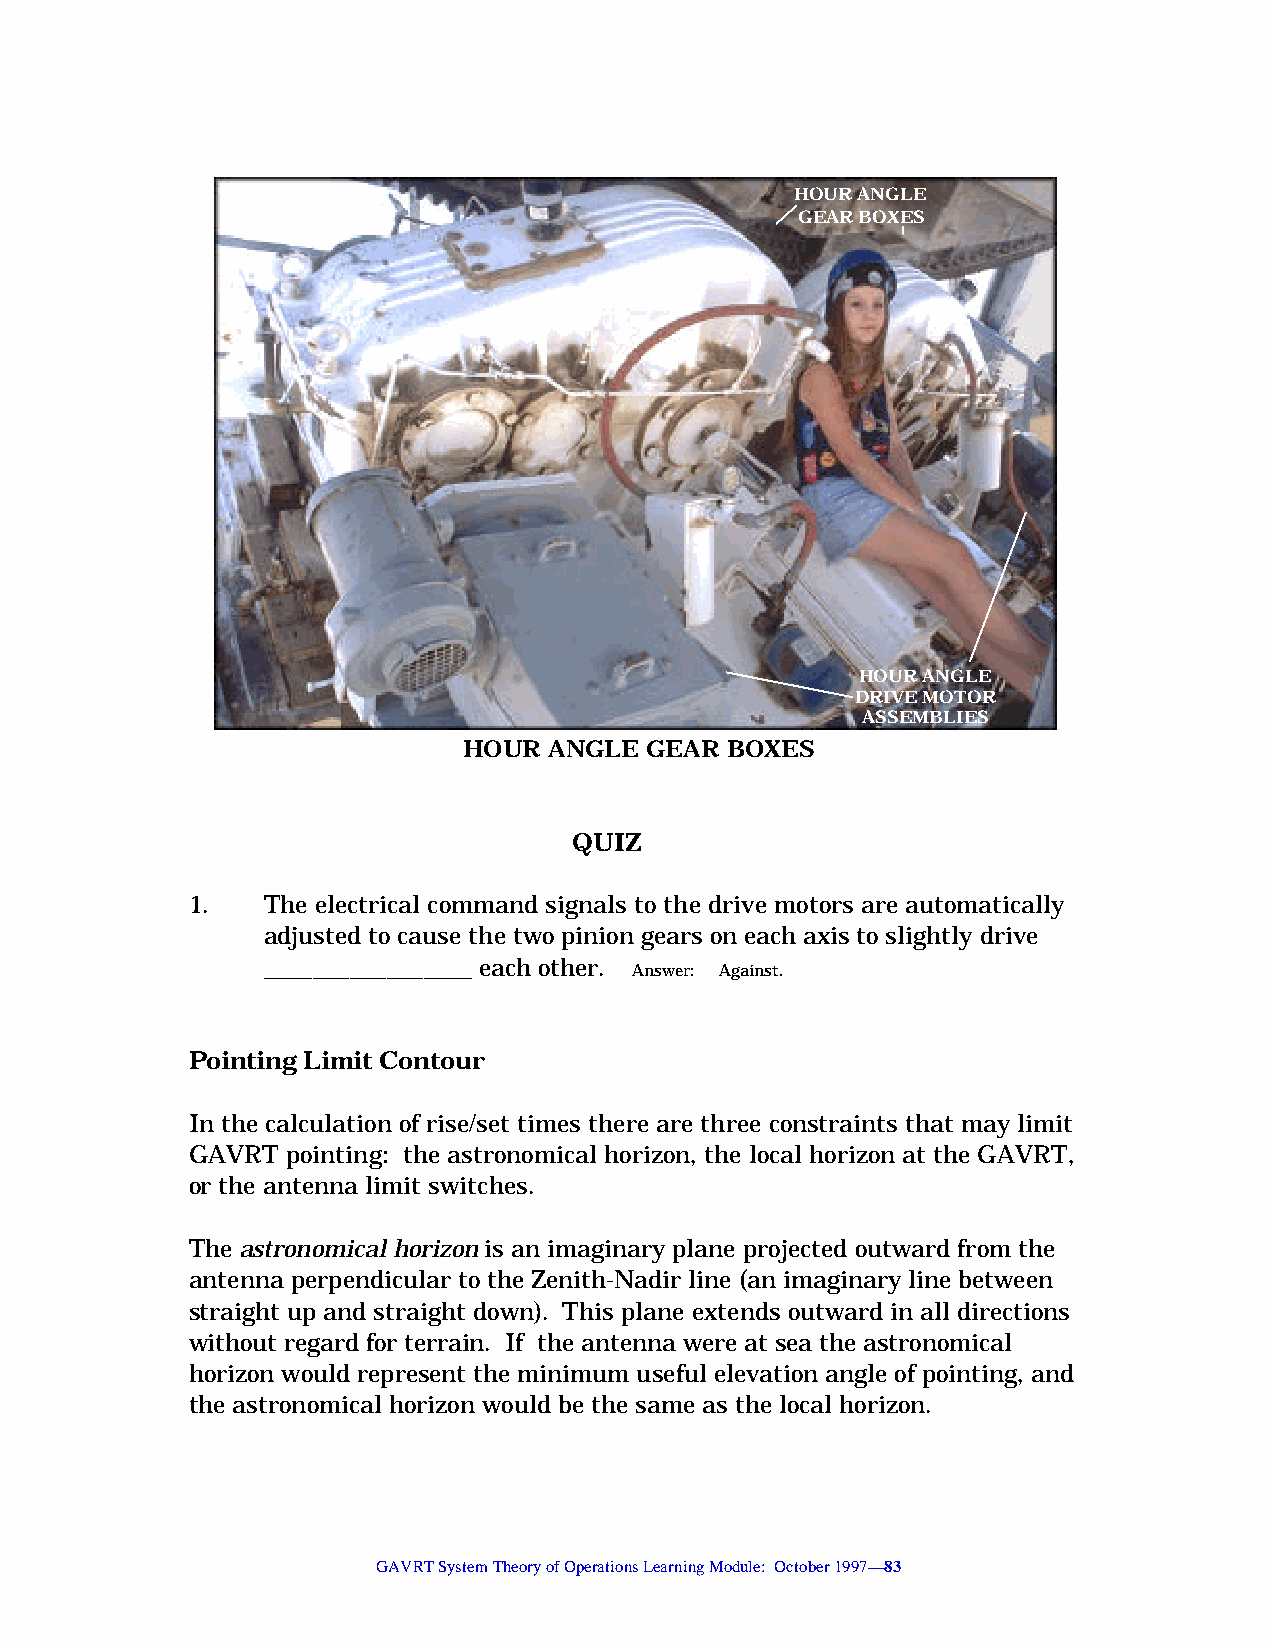
HOUR ANGLE
 GEAR BOXES
 HOUR ANGLE
 DRIVE MOTOR
 ASSEMBLIES
 HOUR ANGLE  GEAR BOXES
 QUIZ
 1.   The electrical command signals to the drive motors are automatically
 adjusted to cause the two pinion gears on each axis to slightly drive
 _________________ each other. Answer: Against.
 Pointing Limit Contour
 In the calculation of rise/set times there are three constraints that may limit
 GAVRT  pointing: the astronomical horizon, the local horizon at the GAVRT,
 or the antenna limit switches.
 The astronomical horizon is an imaginary plane projected outward from the
 antenna perpendicular to the Zenith-Nadir line (an imaginary line between
 straight up and straight down). This plane extends outward in all directions
 without regard for terrain. If the antenna were at sea the astronomical
 horizon would represent the minimum useful elevation angle of pointing, and
 the astronomical horizon would be the same as the local horizon.
 GAVRT System Theory of Operations Learning Module: October 1997—83